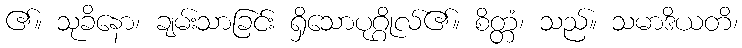
၏။ သုခိနော၊ ချမ်းသာခြင်း ရှိသောပုဂ္ဂိုလ်၏။ စိတ္တံ၊ သည်။ သမာဒိယတိ၊